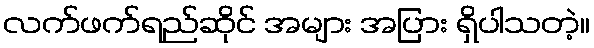
လက်ဖက်ရည်ဆိုင် အများ အပြား ရှိပါသတဲ့။